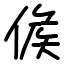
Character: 𠊱